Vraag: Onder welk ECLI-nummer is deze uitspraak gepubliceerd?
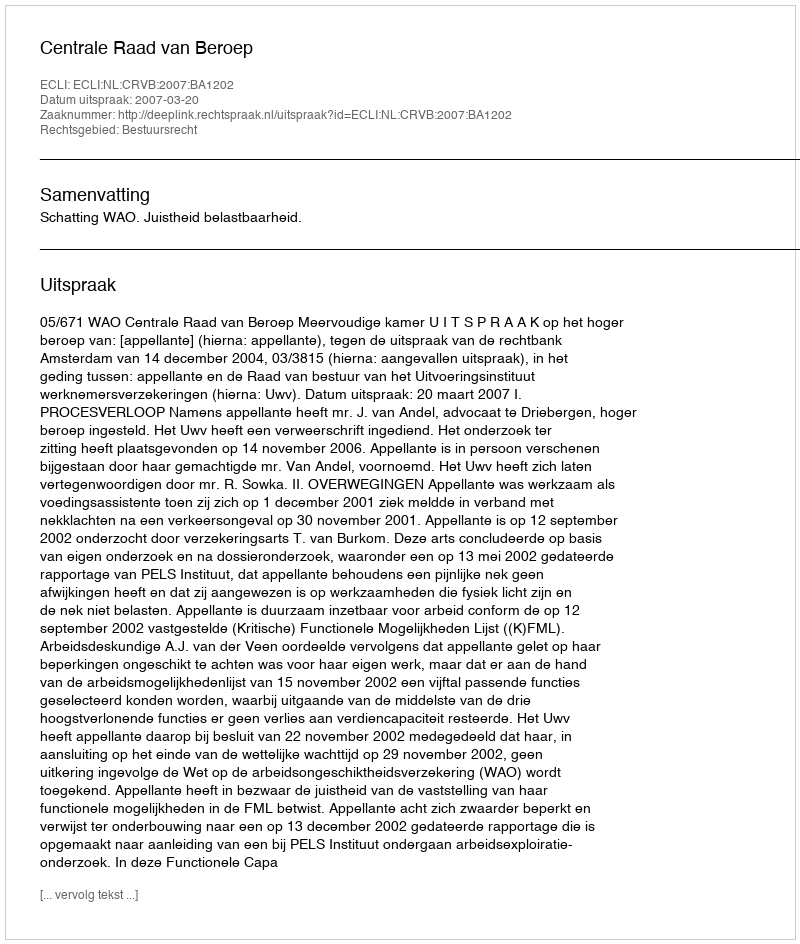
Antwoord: ECLI:NL:CRVB:2007:BA1202